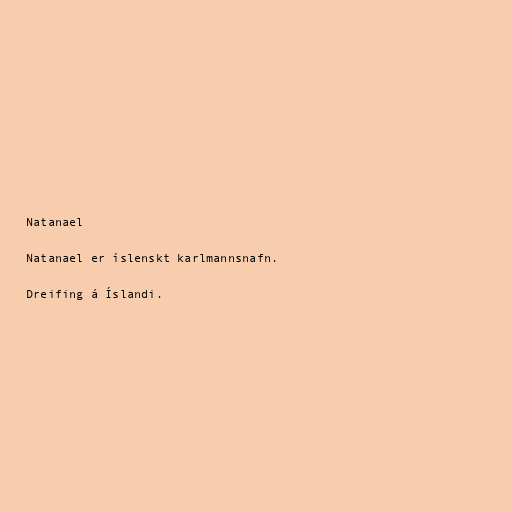
Natanael

Natanael er íslenskt karlmannsnafn.

Dreifing á Íslandi.